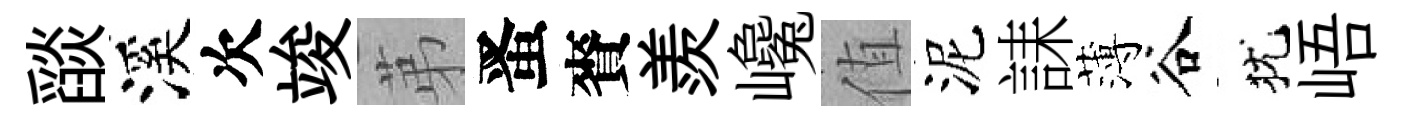
𦦨溪次竣苐󱉠賚羨巉值泥誄薄谷犹峿